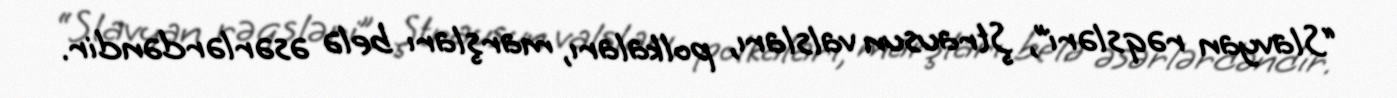
“Slavyan rəqsləri”, Ştrausun valsları, polkaları, marşları belə əsərlərdəndir.